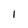
Character: 1